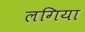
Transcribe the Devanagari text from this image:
लगिया